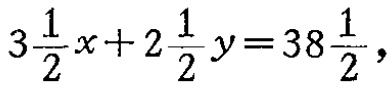
\(3\frac{1}{2}x + 2\frac{1}{2}y = 38\frac{1}{2}\)